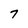
Character: 7